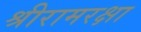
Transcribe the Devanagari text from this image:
श्रीरामरक्षा